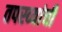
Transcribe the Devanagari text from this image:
तपस्व्यांची